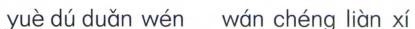
uè dú duǎn wén wán chéng liàn xí